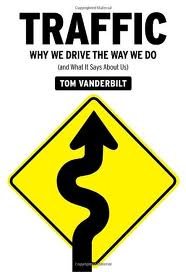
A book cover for Traffic: Why We Drive the Way We Do (and What It Says About Us) [Deckle Edge] 1st (first) edition; Tom Vanderbilt; Test Preparation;